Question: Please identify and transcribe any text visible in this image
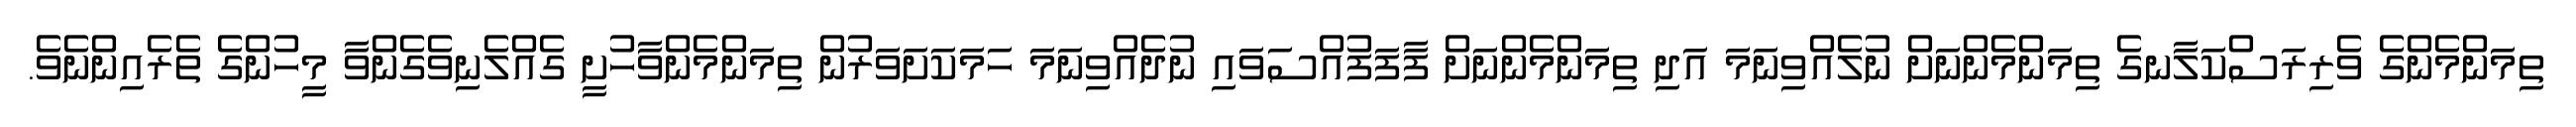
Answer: ތިމަންމެންގެ ވެރިރަސްކަލާނގެ ތިމަންމެންނަށް ނުލެއްވިނަމަ އަދި ތިމަންމެންނަށް ފާފަފުއްސަވައި ނުދެއްވިނަމަ ހަމަކަށަވަރުން ތިމަންމެންވާހުށީ ގެއްލެނިވެގެންވާ މީހުންގެ ތެރެއިންނެވެ.